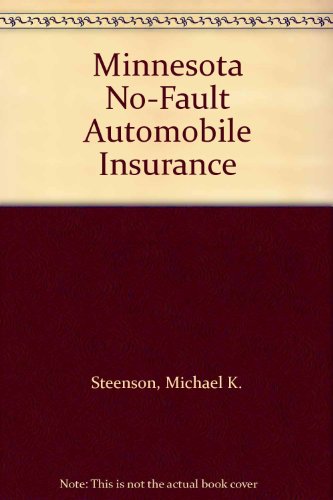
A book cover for Minnesota No-Fault Automobile Insurance; Michael K. Steenson; Engineering & Transportation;